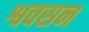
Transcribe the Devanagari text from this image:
श्ववसन